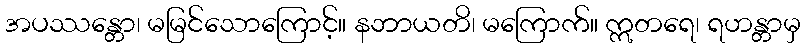
အပဿန္တော၊ မမြင်သောကြောင့်။ နဘာယတိ၊ မကြောက်။ ဣတရေ၊ ရဟန္တာမှ